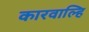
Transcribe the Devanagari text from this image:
कारवाल्हि